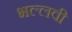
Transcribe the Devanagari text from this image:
भल्लवी